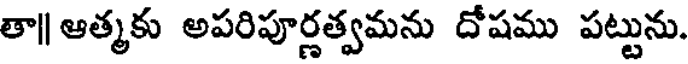
తా|| ఆత్మకు అపరిపూర్ణత్వమను దోషము పట్టును.